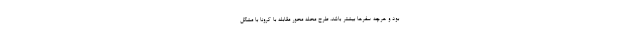
بود و هرچه سفرها بیشتر باشد، طرح محله محور مقابله با کرونا با مشکل